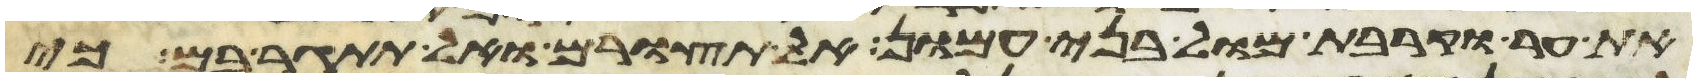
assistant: את ער וקרבת מול בני עמון אל תצורם ואל תתגר בם כי